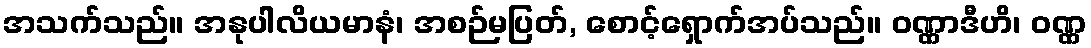
အသက်သည်။ အနုပါလိယမာနံ၊ အစဉ်မပြတ်, စောင့်ရှောက်အပ်သည်။ ဝဏ္ဏာဒီဟိ၊ ဝဏ္ဏ